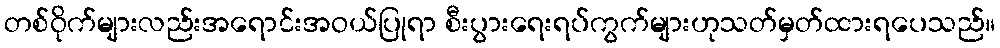
တစ်ဝိုက်များလည်းအရောင်းအဝယ်ပြုရာ စီးပွားရေးရပ်ကွက်များဟုသတ်မှတ်ထားရပေသည်။